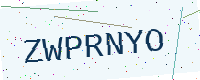
Text: ZWPRNYO